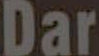
Dar